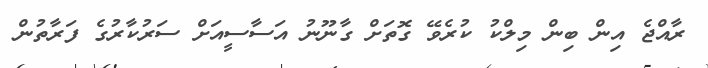
ރާއްޖެ އިން ބިން މިލްކު ކުރެވޭ ގޮތަށް ގާނޫނު އަސާސީއަށް ސަރުކާރުގެ ފަރާތުން